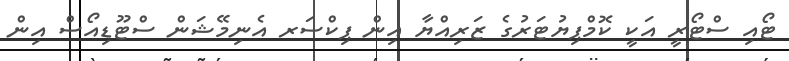
ޓޯއި ސްޓޯރީ އަކީ ކޮމްޕިޔުޓަރުގެ ޒަރިއްޔާ އިން ޕިކްސަރ އެނިމޭޝަން ސްޓޫޑިއޯސް އިން